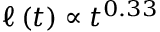
\ell \left( t \right) \propto t ^ { 0 . 3 3 }